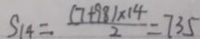
S 1 4 = \frac { ( 7 + 9 8 ) \times 1 4 } { 2 } = 7 3 5